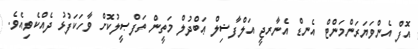
އޮފް އެންވަޔަރަންމަންޓް އެނޑް އެނާރޖީ އަލްފާޟިލް ޢަބްދުލް މަތީން ތަފްޞީލުކޮށް ވާހަކަފުޅު ދެއްކެވިއެވެ.